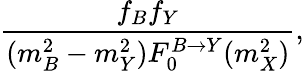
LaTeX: \frac{f_{B}f_{Y}}{(m_{B}^{2}-m_{Y}^{2})F_{0}^{B\to Y}(m_{X}^{2})},